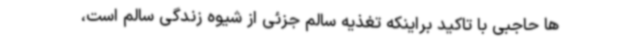
ها حاجبی با تاکید براینکه تغذیه سالم جزئی از شیوه زندگی سالم است،